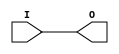
// This program was cloned from: https://github.com/jhshi/openofdm
// License: Apache License 2.0

// $Header: /devl/xcs/repo/env/Databases/CAEInterfaces/verunilibs/data/unisims/BUFG.v,v 1.6 2007/05/23 21:43:33 patrickp Exp $
///////////////////////////////////////////////////////////////////////////////
// Copyright (c) 1995/2004 Xilinx, Inc.
// All Right Reserved.
///////////////////////////////////////////////////////////////////////////////
//   ____  ____
//  /   /\/   /
// /___/  \  /    Vendor : Xilinx
// \   \   \/     Version : 10.1
//  \   \         Description : Xilinx Functional Simulation Library Component
//  /   /                  Global Clock Buffer
// /___/   /\     Filename : BUFG.v
// \   \  /  \    Timestamp : Thu Mar 25 16:42:14 PST 2004
//  \___\/\___\
//
// Revision:
//    03/23/04 - Initial version.
//    05/23/07 - Changed timescale to 1 ps / 1 ps.

`timescale  1 ps / 1 ps


module BUFG (O, I);

    output O;

    input  I;

	buf B1 (O, I);


endmodule